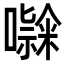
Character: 𭋹